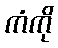
ကံကို